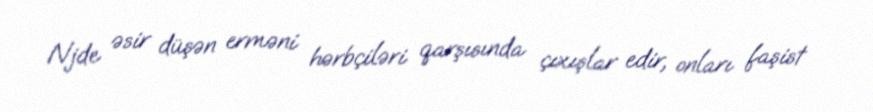
Njde əsir düşən erməni hərbçiləri qarşısında çıxışlar edir, onları faşist